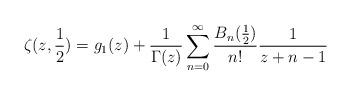
LaTeX: \begin{align*}\zeta(z,\frac{1}{2})=g_{1}(z)+\frac{1}{\Gamma(z)}\sum_{n=0}^{\infty}\frac{B_{n}(\frac{1}{2})}{n!}\frac{1}{z+n-1}\end{align*}